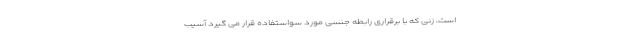
است، زنی که با برقراری رابطه جنسی مورد سواستفاده قرار می گیرد آسیب